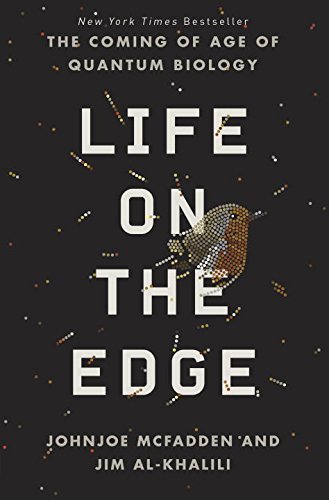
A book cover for Life on the Edge: The Coming of Age of Quantum Biology; Johnjoe McFadden; Science & Math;